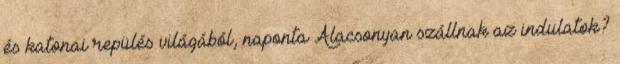
és katonai repülés világából, naponta Alacsonyan szállnak az indulatok?